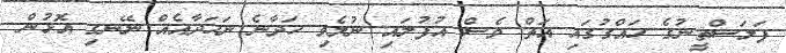
ފަލަސްތީނުގެ ހައްގުގައި އަތް ވެސް އުފުލައި ނުލެވި ހަދާނެ ނަހަދާއެއް ނޭނގި އޮޅުން